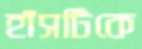
হাঁসটিকে